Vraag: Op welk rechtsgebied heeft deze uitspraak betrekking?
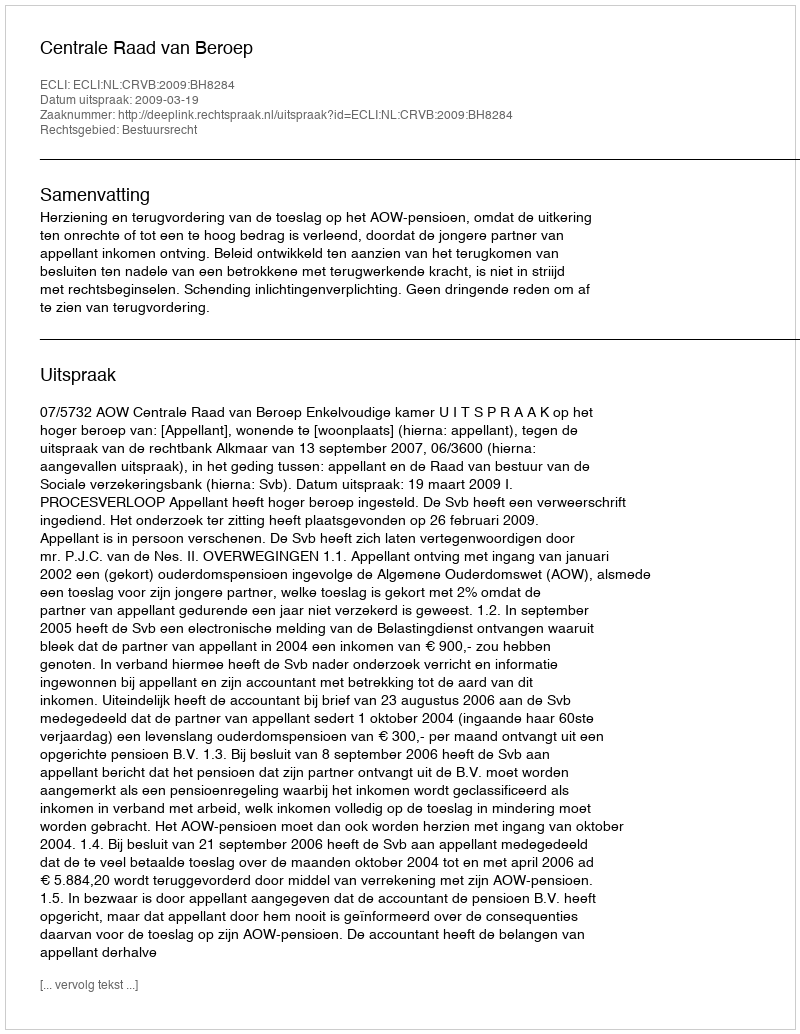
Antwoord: Bestuursrecht